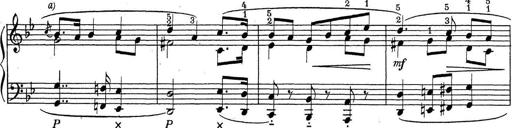
Title: ÄŒeskÃ© Sonatiny
Composer: Various